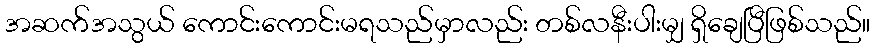
အဆက်အသွယ် ကောင်းကောင်းမရသည်မှာလည်း တစ်လနီးပါးမျှ ရှိချေပြီဖြစ်သည်။